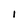
Character: I